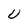
Character: U